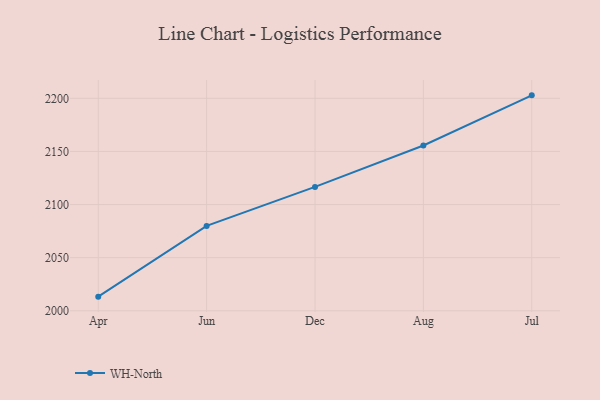
{"axis": {"x": "Month", "y": "Operating Costs (USD K)"}, "legend": ["WH-North"], "data": [{"x": "Apr", "y": 2013.3, "type": "WH-North"}, {"x": "Jun", "y": 2079.9, "type": "WH-North"}, {"x": "Dec", "y": 2116.6, "type": "WH-North"}, {"x": "Aug", "y": 2155.6, "type": "WH-North"}, {"x": "Jul", "y": 2202.8, "type": "WH-North"}]}